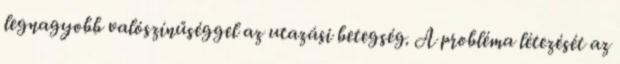
legnagyobb valószínűséggel az utazási betegség. A probléma létezését az